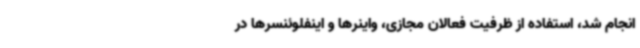
انجام شد، استفاده از ظرفیت فعالان مجازی، واینرها و اینفلوئنسرها در